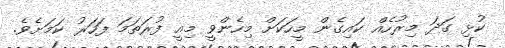
ކުޅި ގަދަ މިރުހެއް ކައިގެން މީހަކަށް މިހެންވީ މިއީ ފުރަތަމަ ފަހަރު ކަމަށެވެ.